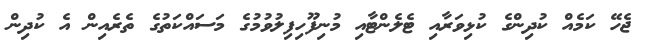
ޖެހޭ ކަމެއް ކުދިންގެ ކުޅިވަރާއި ޓެލެންޓާއި މުނިފޫހިފިލުވުމުގެ މަސައްކަތުގެ ތެރެއިން އެ ކުދިން